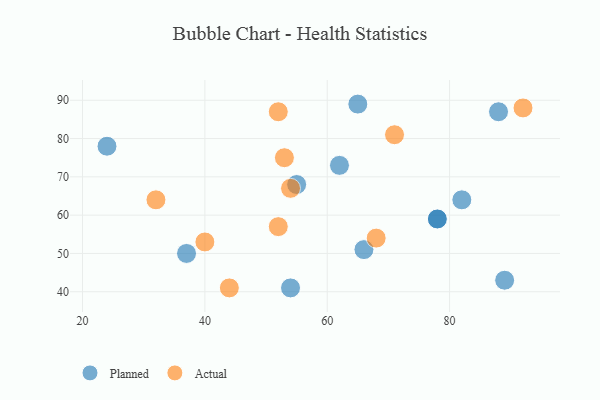
{"axis": {"x": "GDP", "y": "Life Expectancy"}, "legend": ["Actual", "Planned"], "data": [{"x": "55", "y": 68, "type": "Planned"}, {"x": "62", "y": 73, "type": "Planned"}, {"x": "89", "y": 43, "type": "Planned"}, {"x": "88", "y": 87, "type": "Planned"}, {"x": "78", "y": 59, "type": "Planned"}, {"x": "37", "y": 50, "type": "Planned"}, {"x": "82", "y": 64, "type": "Planned"}, {"x": "24", "y": 78, "type": "Planned"}, {"x": "66", "y": 51, "type": "Planned"}, {"x": "54", "y": 41, "type": "Planned"}, {"x": "65", "y": 89, "type": "Planned"}, {"x": "78", "y": 59, "type": "Planned"}, {"x": "68", "y": 54, "type": "Actual"}, {"x": "32", "y": 64, "type": "Actual"}, {"x": "44", "y": 41, "type": "Actual"}, {"x": "92", "y": 88, "type": "Actual"}, {"x": "54", "y": 67, "type": "Actual"}, {"x": "40", "y": 53, "type": "Actual"}, {"x": "53", "y": 75, "type": "Actual"}, {"x": "52", "y": 57, "type": "Actual"}, {"x": "52", "y": 87, "type": "Actual"}, {"x": "71", "y": 81, "type": "Actual"}]}